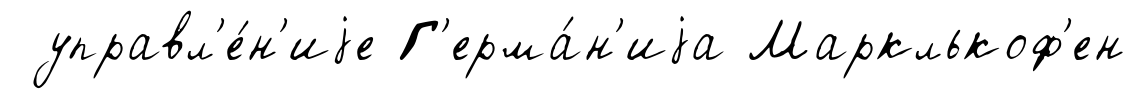
управл'е́н'иjе Г'ерма́н'иjа Марклькоф'ен